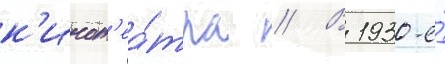
к'инот'еа́тра // В 1930-е́